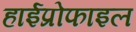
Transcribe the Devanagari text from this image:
हाईप्रोफाइल